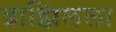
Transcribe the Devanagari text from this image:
ब्राझिलला